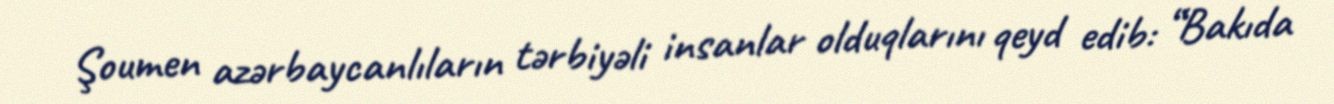
Şoumen azərbaycanlıların tərbiyəli insanlar olduqlarını qeyd edib: “Bakıda